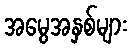
အမွေအနှစ်များ